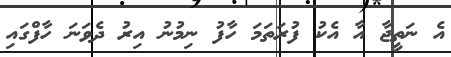
އެ ނަތީޖާ އާ އެކު ފުރަތަމަ ހާފު ނިމުނު އިރު ދެވަނަ ހާފްގައި